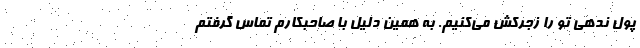
پول ندهی تو را زجرکش می‌کنیم. به همین دلیل با صاحبکارم تماس گرفتم